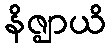
နိဇ္ဈာယိ